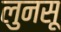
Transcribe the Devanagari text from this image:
लुनसू